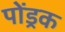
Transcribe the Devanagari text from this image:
पोंड्रक